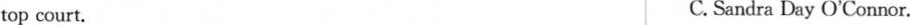
top court. C. Sandra Day O'Connor.